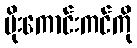
မိုးကောင်းကင်ကို